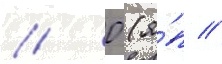
// 0 (я́п //